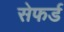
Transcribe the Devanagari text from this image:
सेफर्ड